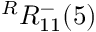
{ } ^ { R } { R } _ { 1 { 1 } } ^ { { - } } ( { 5 } )